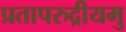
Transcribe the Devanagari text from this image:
प्रतापरुद्रीयमु